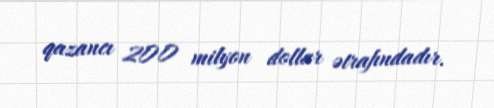
qazancı 200 milyon dollar ətrafındadır.